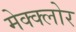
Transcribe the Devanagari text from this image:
मेक्क्लोर